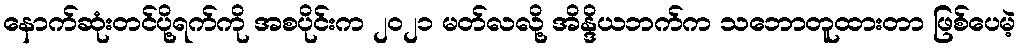
နောက်ဆုံးတင်ပို့ရက်ကို အစပိုင်းက ၂၀၂၁ မတ်လလို့ အိန္ဒိယဘက်က သဘောတူထားတာ ဖြစ်ပေမဲ့